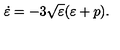
\dot { \varepsilon } = - 3 \sqrt { \varepsilon } ( \varepsilon + p ) .